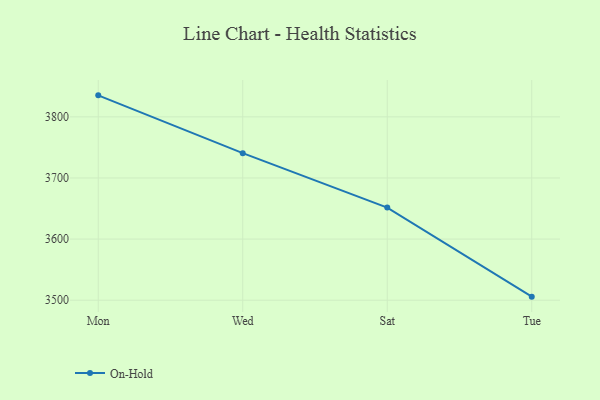
{"axis": {"x": "Day", "y": "Budget (USD K)"}, "legend": ["On-Hold"], "data": [{"x": "Mon", "y": 3835.2, "type": "On-Hold"}, {"x": "Wed", "y": 3740.6, "type": "On-Hold"}, {"x": "Sat", "y": 3651.5, "type": "On-Hold"}, {"x": "Tue", "y": 3505.8, "type": "On-Hold"}]}